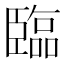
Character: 臨